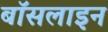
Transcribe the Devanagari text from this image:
बॉसलाइन